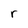
Character: r